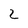
Character: 2